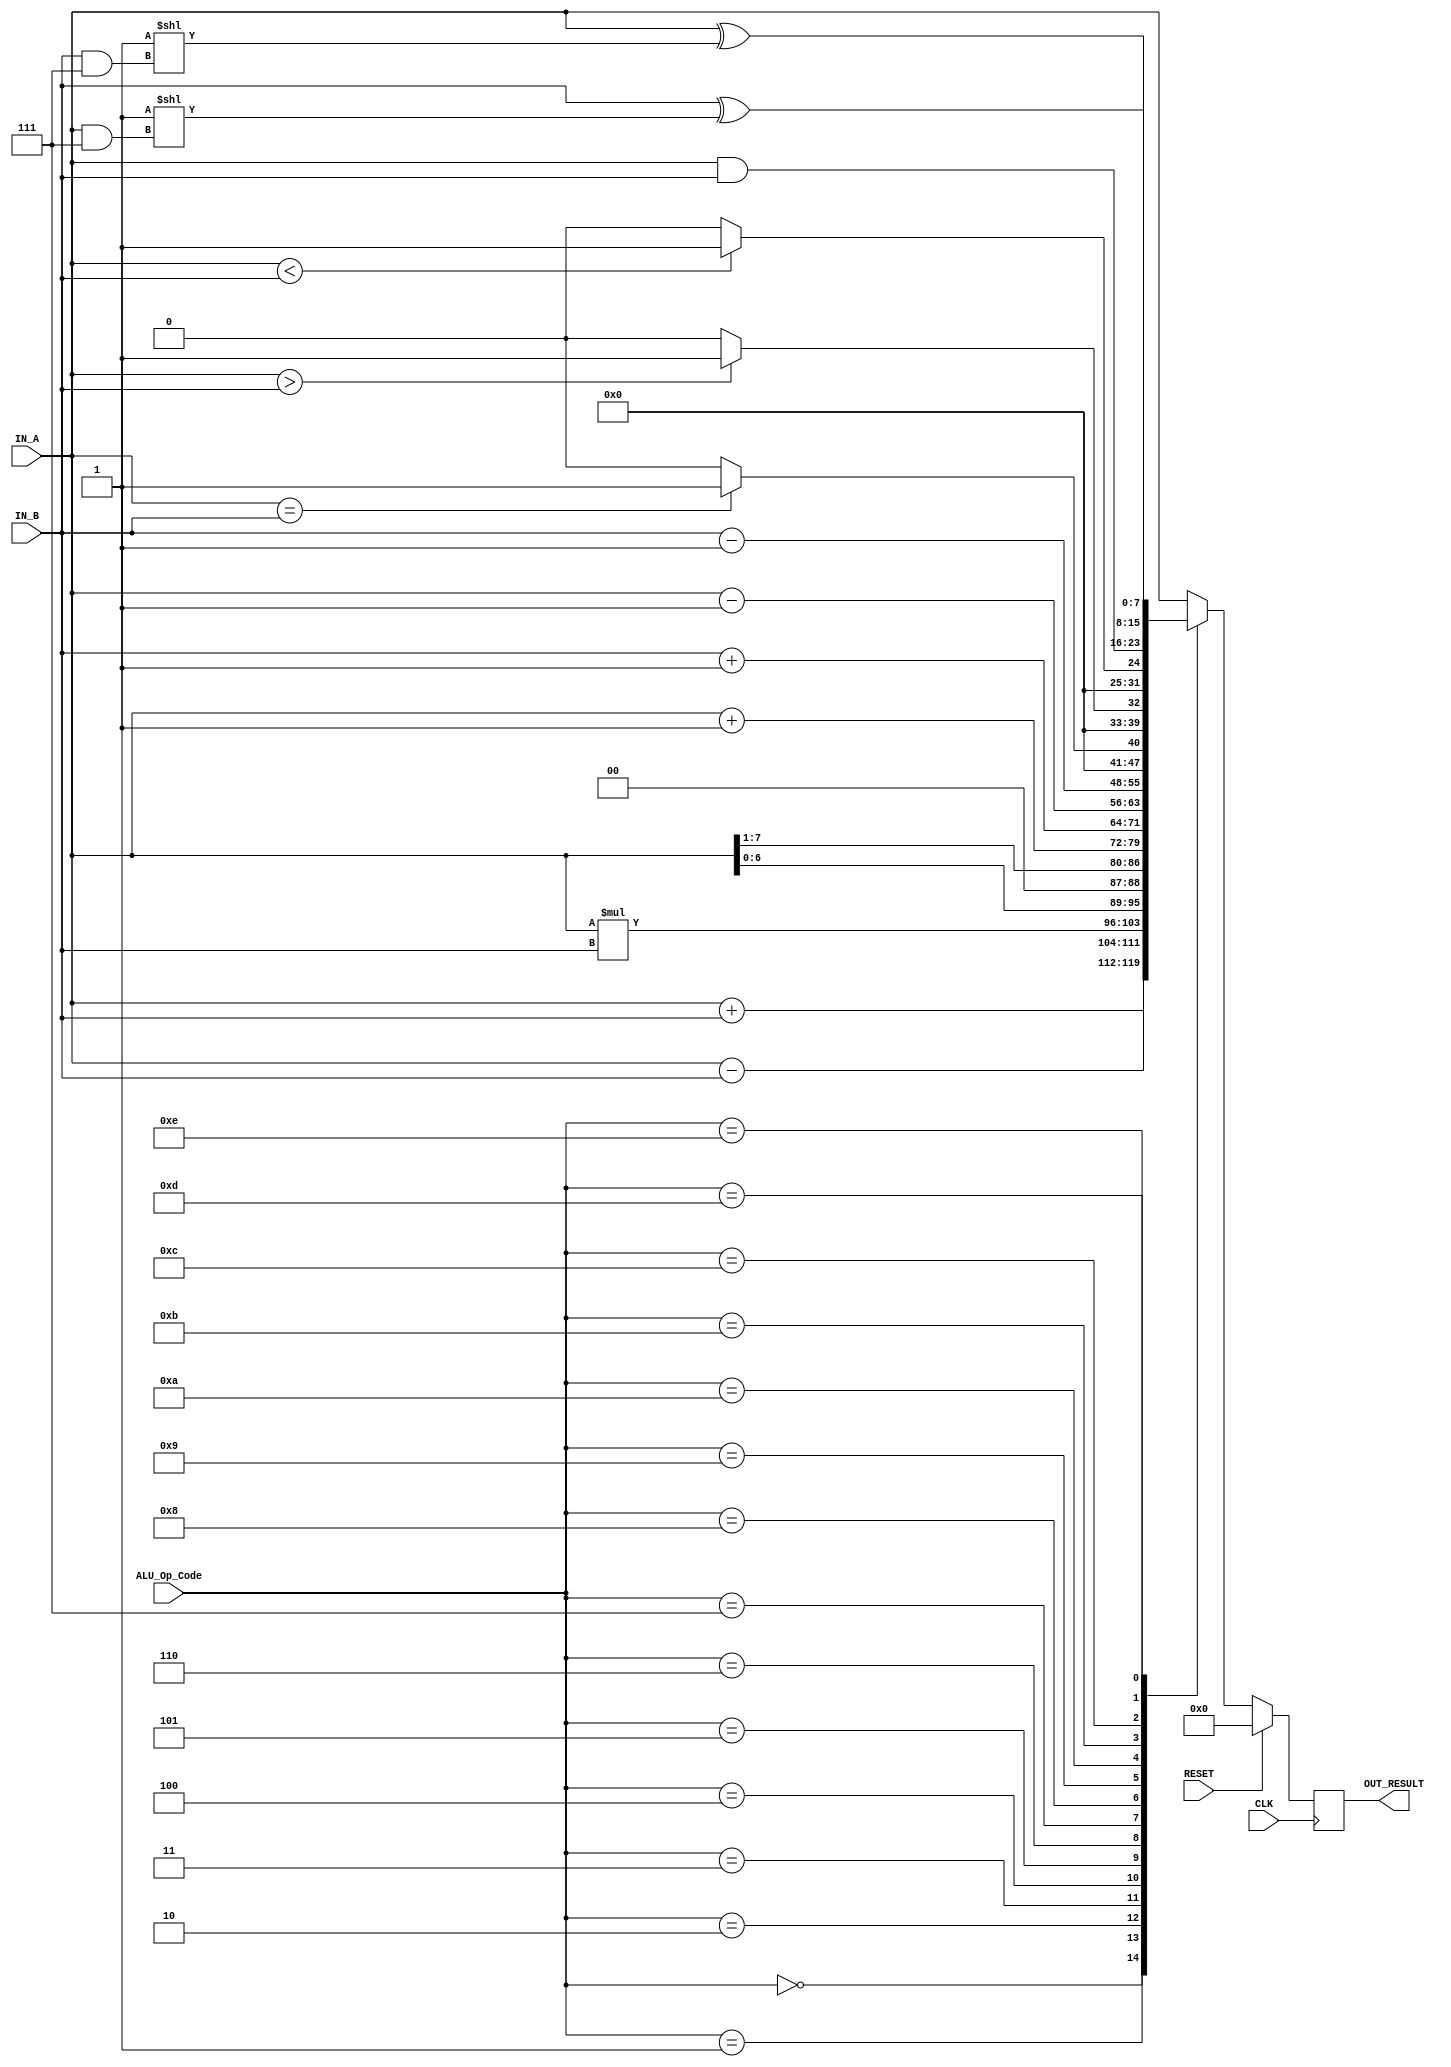
`timescale 1ns / 1ps
//////////////////////////////////////////////////////////////////////////////////
// Company:
// Engineer:
//
// Design Name:
// Module Name:    ALU
// Project Name:
// Target Devices:
// Tool versions:
// Description:
//
// Dependencies:
//
// Revision:
// Revision 0.01 - File Created
// Additional Comments:
//
//////////////////////////////////////////////////////////////////////////////////
module ALU(
    CLK,
    RESET,

    IN_A,
    IN_B,

    ALU_Op_Code,

    OUT_RESULT
    );

    input        CLK;
    input        RESET;

    input  [7:0] IN_A;
    input  [7:0] IN_B;

    input  [3:0] ALU_Op_Code;

    output [7:0] OUT_RESULT;

    // components

    reg [7:0] Out;

    // Arithmetic logic

    always@(posedge CLK) begin
        if(RESET)
            Out <= 8'd0;
        else begin
            case(ALU_Op_Code)
            // Addition
            4'h0: Out <= IN_A + IN_B;
            // Subtraction
            4'h1: Out <= IN_A - IN_B;
            // Multiplication
            4'h2: Out <= IN_A * IN_B;
            // Shift left by 1 bit
            4'h3: Out <= IN_A << 1;
            // Shift right by 1 bit
            4'h4: Out <= IN_A >> 1;
            // Increment A
            4'h5: Out <= IN_A + 1;
            // Increment B
            4'h6: Out <= IN_B + 1;
            // //Decrement A
            4'h7: Out <= IN_A - 1;
            // //Decrement B
            4'h8: Out <= IN_B - 1;
            // In/Equality A == B
            4'h9: Out <= (IN_A == IN_B) ? 8'h01 : 8'h00;
            // A > B
            4'hA: Out <= (IN_A > IN_B) ? 8'h01 : 8'h00;
            // A < B
            4'hB: Out <= (IN_A < IN_B) ? 8'h01 : 8'h00;
            // A & B
            4'hC: Out <= IN_A & IN_B;
            // In IN_A toggle (IN_B) bit
            4'hD: Out <= IN_A ^ (1 << (IN_B & 8'h07));
            // in IN_B toggle (IN_A) bit
            4'hE: Out <= IN_B ^ (1 << (IN_A & 8'h07));
            //Default A
            default: Out <= IN_A;
            endcase
         end
      end

      assign OUT_RESULT = Out;
endmodule